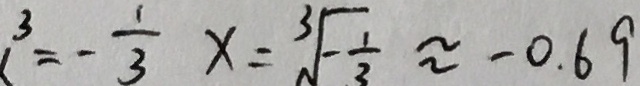
x ^ { 3 } = - \frac { 1 } { 3 } x = \sqrt [ 3 ] { - \frac { 1 } { 3 } } \approx - 0 . 6 9